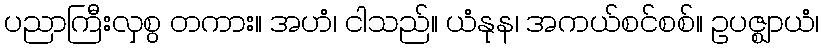
ပညာကြီးလှစွ တကား။ အဟံ၊ ငါသည်။ ယံနုန၊ အကယ်စင်စစ်။ ဥပဇ္ဈာယံ၊